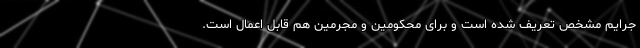
جرایم مشخص تعریف شده است و برای محکومین و مجرمین هم قابل اعمال است.